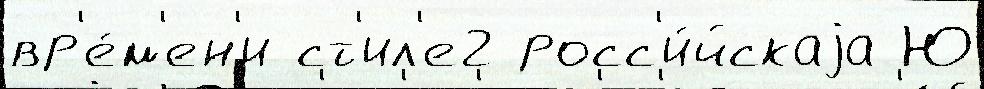
вр'е́м'ен'и ст'ил'е2 росс'и́йскаjа Ю